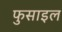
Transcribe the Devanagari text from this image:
फुसाइल